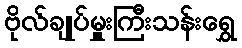
ဗိုလ်ချုပ်မှူးကြီးသန်းရွှေ